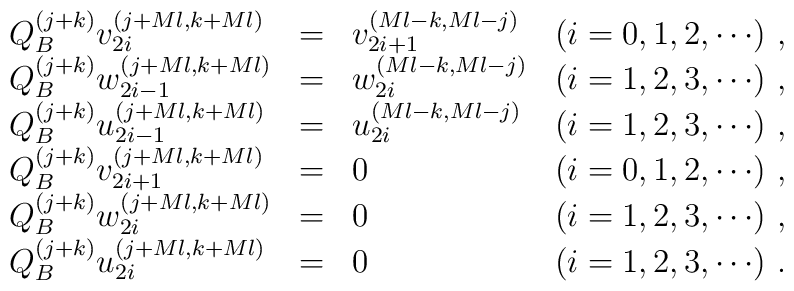
\begin{array}{lclr}Q^{(j+k)}_{B} v^{(j+Ml,k+Ml)}_{2i} & = & v^{(Ml-k,Ml-j)}_{2i+1} &  (i=0,1,2, \cdots) \,\,,\\Q^{(j+k)}_{B} w^{(j+Ml,k+Ml)}_{2i-1} & = & w^{(Ml-k,Ml-j)}_{2i} & (i=1,2,3, \cdots) \,\,,\\Q^{(j+k)}_{B} u^{(j+Ml,k+Ml)}_{2i-1} & = & u^{(Ml-k,Ml-j)}_{2i} & (i=1,2,3, \cdots) \,\,,\\Q^{(j+k)}_{B} v^{(j+Ml,k+Ml)}_{2i+1} & = & 0 & (i=0,1,2, \cdots) \,\,,\\Q^{(j+k)}_{B} w^{(j+Ml,k+Ml)}_{2i} & = & 0 &  (i=1,2,3, \cdots) \,\,,\\Q^{(j+k)}_{B} u^{(j+Ml,k+Ml)}_{2i} & = & 0 & (i=1,2,3, \cdots) \,\,.\\\end{array}